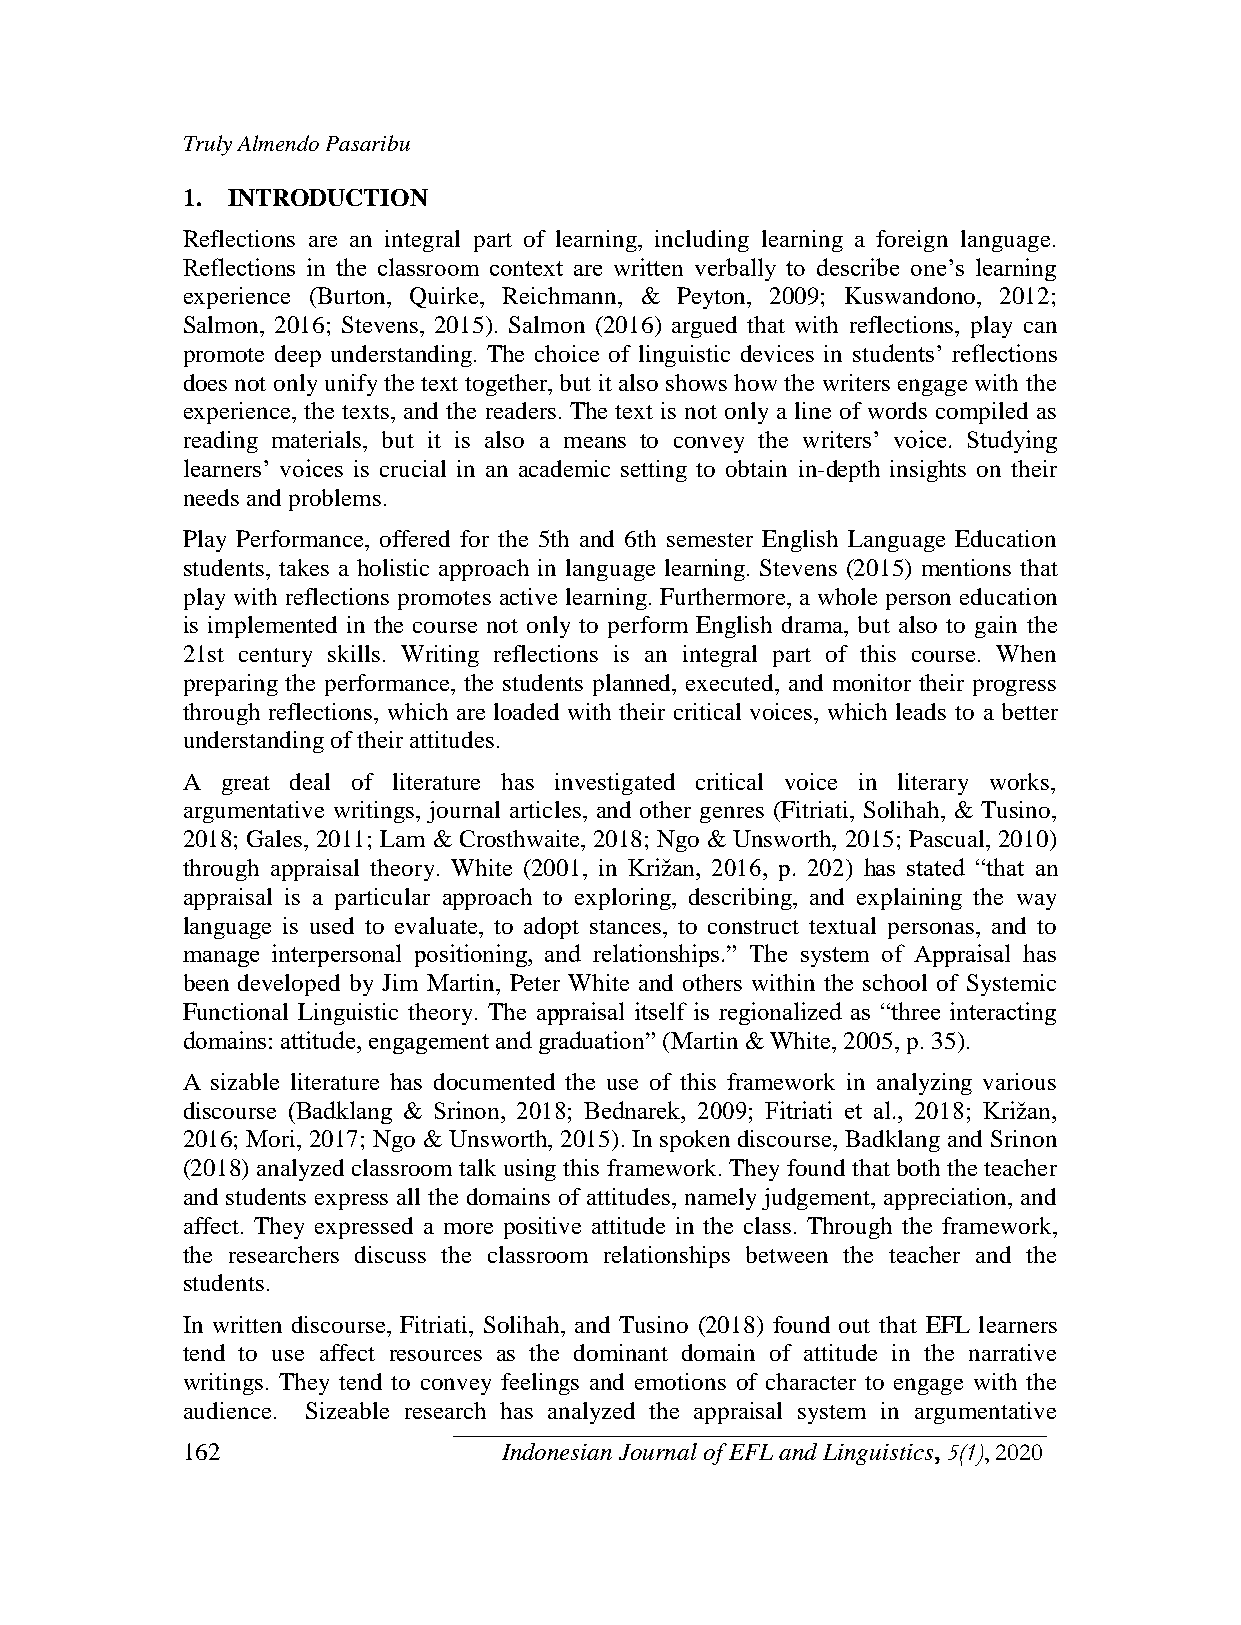
Truly Almendo Pasaribu
 1. INTRODUCTION
 Reflections are an integral part of learning, including learning a foreign language.
 Reflections in the classroom context are written verbally to describe one‟s learning
 experience (Burton, Quirke, Reichmann, & Peyton, 2009; Kuswandono, 2012;
 Salmon, 2016; Stevens, 2015). Salmon (2016) argued that with reflections, play can
 promote deep understanding. The choice of linguistic devices in students‟ reflections
 does not only unify the text together, but it also shows how the writers engage with the
 experience, the texts, and the readers. The text is not only a line of words compiled as
 reading materials, but it is also a means to convey the writers‟ voice. Studying
 learners‟ voices is crucial in an academic setting to obtain in-depth insights on their
 needs and problems.
 Play Performance, offered for the 5th and 6th semester English Language Education
 students, takes a holistic approach in language learning. Stevens (2015) mentions that
 play with reflections promotes active learning. Furthermore, a whole person education
 is implemented in the course not only to perform English drama, but also to gain the
 21st century skills. Writing reflections is an integral part of this course. When
 preparing the performance, the students planned, executed, and monitor their progress
 through reflections, which are loaded with their critical voices, which leads to a better
 understanding of their attitudes.
 A  great deal of literature has investigated critical voice in literary works,
 argumentative writings, journal articles, and other genres (Fitriati, Solihah, & Tusino,
 2018; Gales, 2011; Lam & Crosthwaite, 2018; Ngo & Unsworth, 2015; Pascual, 2010)
 through appraisal theory. White (2001, in Križan, 2016, p. 202) has stated “that an
 appraisal is a particular approach to exploring, describing, and explaining the way
 language is used to evaluate, to adopt stances, to construct textual personas, and to
 manage interpersonal positioning, and relationships.” The system of Appraisal has
 been developed by Jim Martin, Peter White and others within the school of Systemic
 Functional Linguistic theory. The appraisal itself is regionalized as “three interacting
 domains: attitude, engagement and graduation” (Martin & White, 2005, p. 35).
 A sizable literature has documented the use of this framework in analyzing various
 discourse (Badklang & Srinon, 2018; Bednarek, 2009; Fitriati et al., 2018; Križan,
 2016; Mori, 2017; Ngo & Unsworth, 2015). In spoken discourse, Badklang and Srinon
 (2018) analyzed classroom talk using this framework. They found that both the teacher
 and students express all the domains of attitudes, namely judgement, appreciation, and
 affect. They expressed a more positive attitude in the class. Through the framework,
 the researchers discuss the classroom relationships between the teacher and the
 students.
 In written discourse, Fitriati, Solihah, and Tusino (2018) found out that EFL learners
 tend to use affect resources as the dominant domain of attitude in the narrative
 writings. They tend to convey feelings and emotions of character to engage with the
 audience. Sizeable research has analyzed the appraisal system in argumentative
 162                  Indonesian Journal of EFL and Linguistics, 5(1), 2020